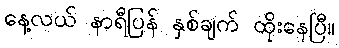
နေ့လယ် နာရီပြန် နှစ်ချက် ထိုးနေပြီ။